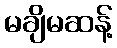
မချိမဆန့်